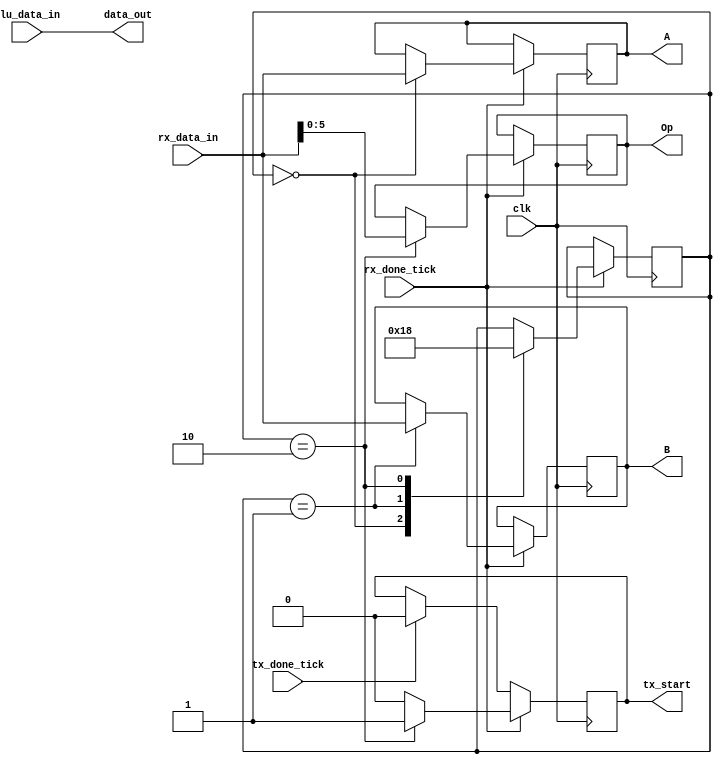
`timescale 1ns / 1ps
//////////////////////////////////////////////////////////////////////////////////
// Company: 
// Engineer: 
// 
// Design Name: 
// Module Name: INTERFACE
// Project Name: 
// Target Devices: 
// Tool Versions: 
// Description: 
// 
// Dependencies: 
// 
// Revision:
// Revision 0.01 - File Created
// Additional Comments:
// 
//////////////////////////////////////////////////////////////////////////////////

module INTERFACE_echo
#(
	parameter NBIT_DATA_LEN = 8 // # buffer bits 
) 
( 
	input clk,								// necesario para cambiar de estados
 	input rx_done_tick,  			  	// fin de recepcion
	input tx_done_tick,					// recibe la confirmacion desde UART que se termino de transimitir
 	input [NBIT_DATA_LEN-1:0] rx_data_in,  	// Dato del RX recibido
 	input [NBIT_DATA_LEN-1:0] alu_data_in, 	// Resultado de la ALU para pasarlo al TX 
 	output reg tx_start = 0,				// LA INTERFAZ le tiene que avisar a TX cuando empezar
	// registros para escribir en la ALU
	output reg [NBIT_DATA_LEN-1 : 0] A = 0,		
	output reg [NBIT_DATA_LEN-1 : 0] B = 0,
	output reg [5 : 0] Op = 0,
	// para escribir en TX
 	output [NBIT_DATA_LEN-1:0] data_out   //= 0 ???? Ver si inicializar 
); 

	// estados 
	localparam	[1:0] receive_A 	= 2'b 00;
	localparam	[1:0] receive_B	= 2'b 01;
	localparam	[1:0] receive_Op	= 2'b 10;

	reg [1:0] state = receive_A;

	// registros para escribir en la ALU
	assign data_out = alu_data_in;	// lo que recibe de RX lo tira a TX
	
	always @(posedge clk) 
	begin
		if(tx_done_tick)
		begin
			tx_start=1'b0;
		end 
		if (rx_done_tick) 
			begin
				case (state)
					receive_A:
						begin
							A= rx_data_in;
							tx_start = 1'b0;
							state = receive_B;
						end
					receive_B:
						begin
							B= rx_data_in;
							tx_start = 1'b0;
							state = receive_Op;
						end
					receive_Op:
						begin
							Op= rx_data_in;
							tx_start = 1'b1;
							state=receive_A;
						end
					default:
						begin
							tx_start = 1'b0;
						end
				endcase	
			end
    end
endmodule